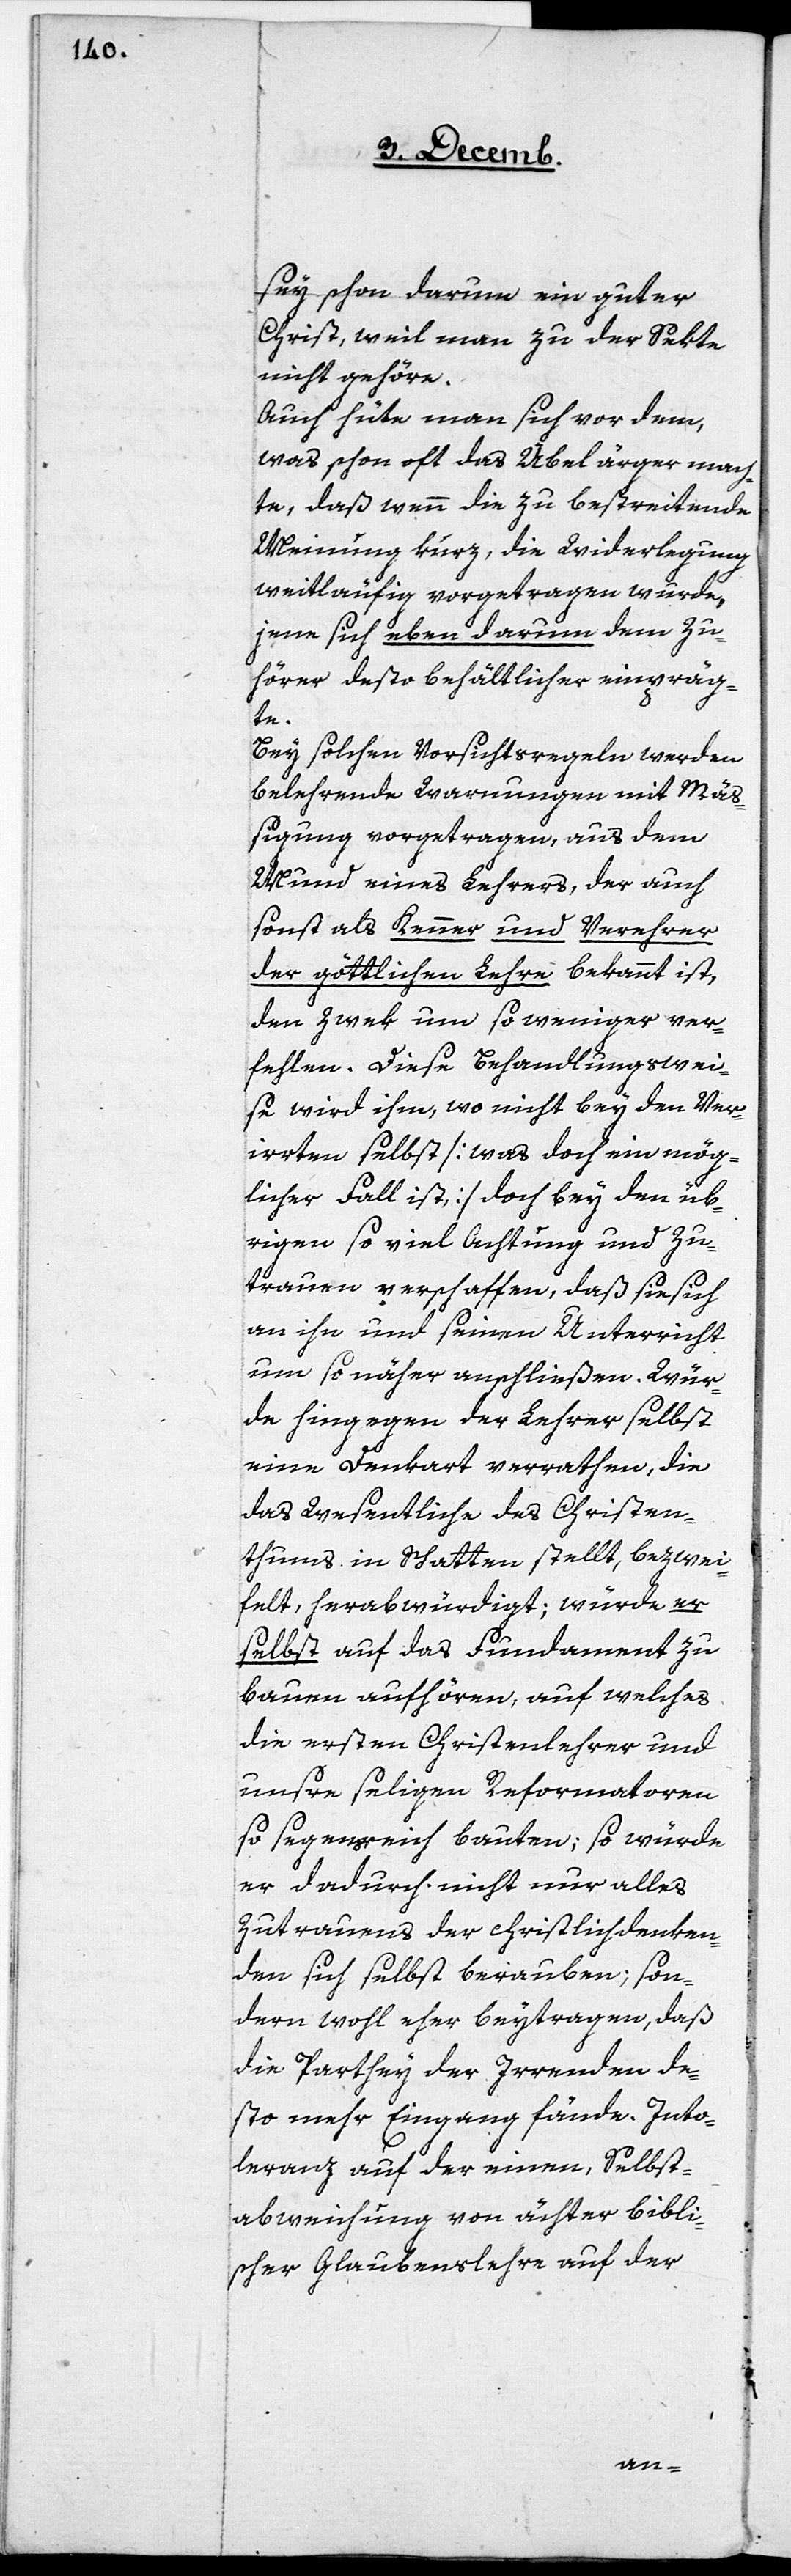
sey schon darum ein guter
Christ, weil man zu der Sekte
nicht gehöre.
Auch hüte man sich vor dem,
was schon oft das Übel ärger mach¬
te, daß wenn die zu bestreitende
Meinung kurz, die Widerlegung
weitläufig vorgetragen wurde,
jene sich eben darum dem Zu¬
hörer desto behältlicher einpräg¬
te.
Bey solchen Vorsichtsregeln werden
belehrende Warnungen mit Mäß¬
igung vorgetragen, aus dem
Mund eines Lehrers, der auch
sonst als Kenner und Verehrer
der göttlichen Lehre bekannt ist,
den Zwek um so weniger ver¬
fehlen. Diese Behandlungswei¬
se wird ihm, wo nicht bey den Ver¬
irrten selbst [was doch ein mög¬
licher Fall ist,] doch bey den üb¬
rigen so viel Achtung und Zu¬
trauen verschaffen, daß sie sich
an ihn und seinen Unterricht
um so näher anschließen. Wür¬
de hingegen der Lehrer selbst
eine Denkart verrathen, die
das Wesentliche des Christen¬
thums in Schatten stellt, bezwei¬
felt, herabwürdigt; würde er
selbst auf das Fundament zu
bauen aufhören, auf welches
die ersten Christenlehrer und
unsre seligen Reformatoren
so segensreich bauten; so würde
er dadurch nicht nur alles
Zutrauens der christlichdenken¬
den sich selbst berauben; son¬
dern wohl eher beytragen, daß
die Parthey der Irrenden de¬
sto mehr Eingang fände. Into¬
leranz auf der einen, Selbst¬
abweichung von ächter bibli¬
scher Glaubenslehre auf der